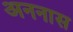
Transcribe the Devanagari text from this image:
अननास